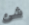
شئ